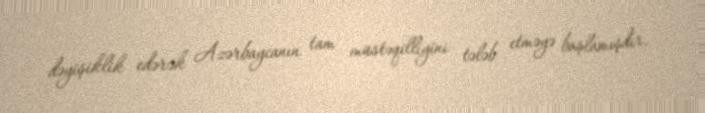
dəyişiklik edərək Azərbaycanın tam müstəqilliyini tələb etməyə başlamışdır.